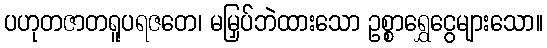
ပဟုတဇာတရူပရဇတေ၊ မမြှပ်ဘဲထားသော ဥစ္စာရွှေငွေများသော။